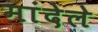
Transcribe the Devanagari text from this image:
मांदेले